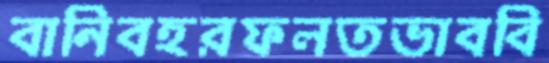
বানিবহরফলতভাববি